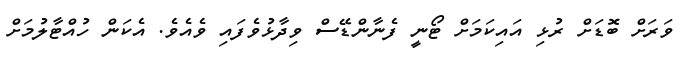
ވަރަށް ބޮޑަށް ރުޅި އައިކަމަށް ޓޯނީ ފެނާންޑޭސް ވިދާޅުވެފައި ވެއެވެ. އެކަން ހުއްޓާލުމަށް